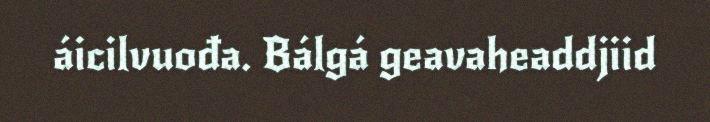
áicilvuođa. Bálgá geavaheaddjiid